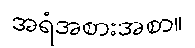
အရံအစားအစာ။